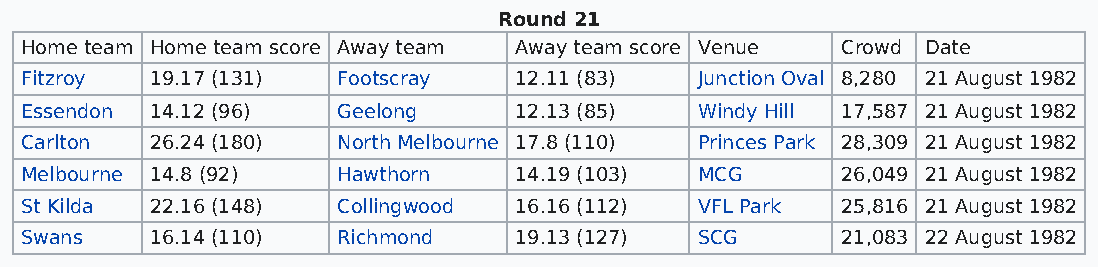
Round 21
 Home team Home team score Away team Away team score Venue Crowd Date
 Fitzroy  19.17 (131) Footscray   12.11 (83)  Junction Oval 8,280 21 August 1982
 Essendon 14.12 (96)  Geelong     12.13 (85)  Windy Hill 17,587 21 August 1982
 Carlton  26.24 (180) North Melbourne 17.8 (110) Princes Park 28,309 21 August 1982
 Melbourne 14.8 (92)  Hawthorn    14.19 (103) MCG       26,049 21 August 1982
 St Kilda 22.16 (148) Collingwood 16.16 (112) VFL Park  25,816 21 August 1982
 Swans    16.14 (110) Richmond    19.13 (127) SCG       21,083 22 August 1982